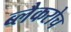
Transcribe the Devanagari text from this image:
ब्लैकरोच